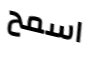
اسمح